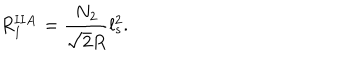
R _ { 1 } ^ { \mathbf { I I A } } = \frac { N _ { 2 } } { \sqrt { 2 } R } l _ { s } ^ { 2 } .